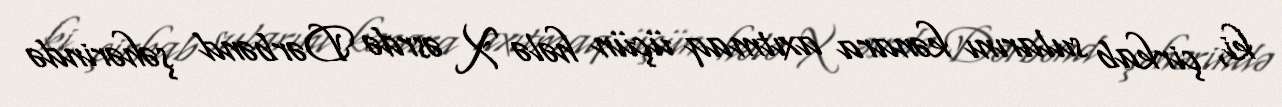
ki, çirkab sularını kənara axıtmaq üçün hələ X əsrdə Dərbənd şəhərində